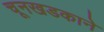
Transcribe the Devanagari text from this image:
चूनखडकाने